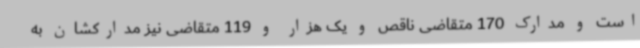
است و مدارک 170 متقاضی ناقص و یک هزار و 119 متقاضی نیز مدارکشان به